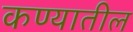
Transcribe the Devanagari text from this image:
कण्यातील